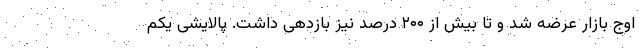
اوج بازار عرضه شد و تا بیش از ۲۰۰ درصد نیز بازدهی داشت. پالایشی یکم